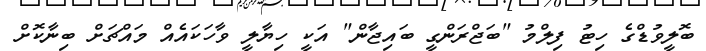
ބޮލީވުޑްގެ ހިޓު ފިލްމު "ބަޖްރަންގީ ބައިޖާން" އަކީ ހިޔާލީ ވާހަކައެއް މައްޗަށް ބިނާކޮށް